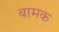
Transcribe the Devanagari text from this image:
बामक